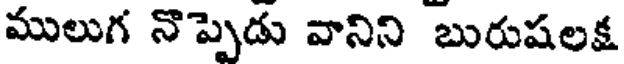
ములుగ నొప్పెడు వానిని బురుషలక్ష